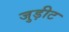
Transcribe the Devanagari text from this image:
जुड़ीट